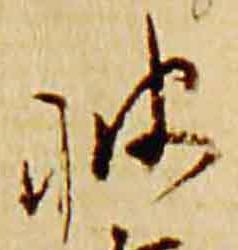
披